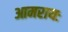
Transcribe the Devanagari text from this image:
आमरायः